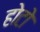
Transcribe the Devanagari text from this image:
होटो